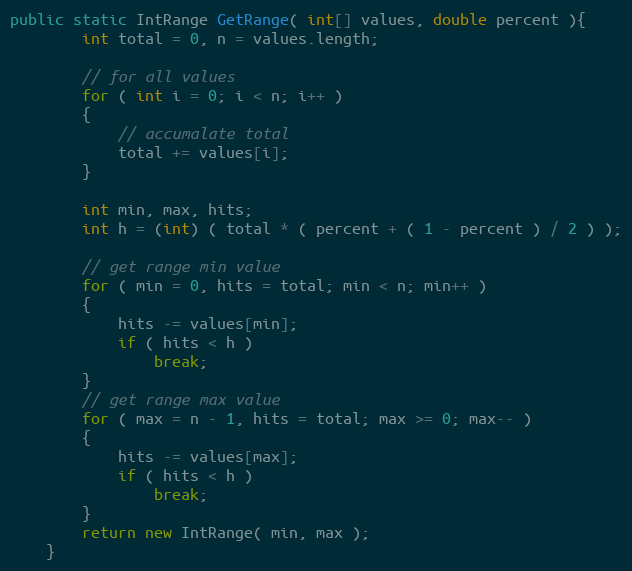
Language: Java
public static IntRange GetRange( int[] values, double percent ){
        int total = 0, n = values.length;

        // for all values
        for ( int i = 0; i < n; i++ )
        {
            // accumalate total
            total += values[i];
        }

        int min, max, hits;
        int h = (int) ( total * ( percent + ( 1 - percent ) / 2 ) );

        // get range min value
        for ( min = 0, hits = total; min < n; min++ )
        {
            hits -= values[min];
            if ( hits < h )
                break;
        }
        // get range max value
        for ( max = n - 1, hits = total; max >= 0; max-- )
        {
            hits -= values[max];
            if ( hits < h )
                break;
        }
        return new IntRange( min, max );
    }